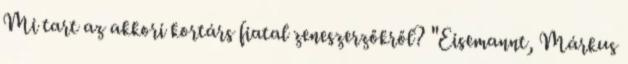
Mi tart az akkori kortárs fiatal zeneszerzőkről? "Eisemannt, Márkus